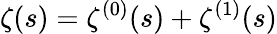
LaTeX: \zeta(s)=\zeta^{(0)}(s)+\zeta^{(1)}(s)